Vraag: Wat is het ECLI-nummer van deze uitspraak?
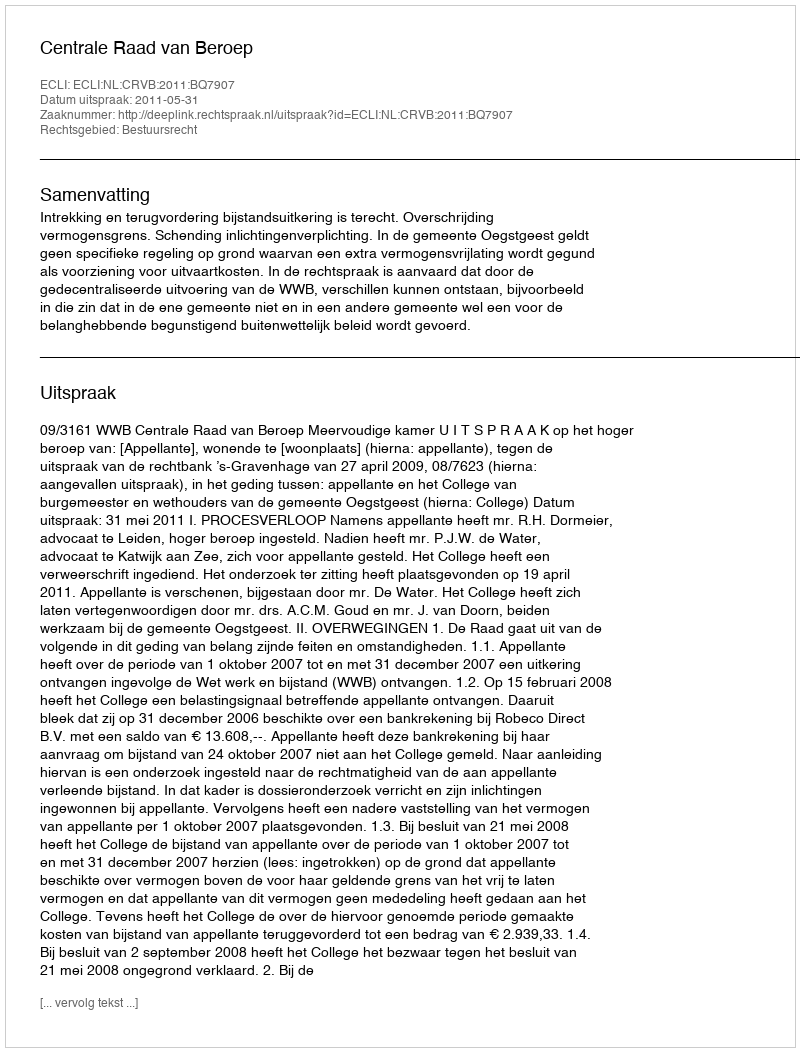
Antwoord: ECLI:NL:CRVB:2011:BQ7907